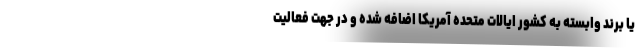
یا برند وابسته به کشور ایالات متحده آمریکا اضافه شده و در جهت فعالیت